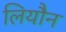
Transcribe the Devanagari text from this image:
लियौन